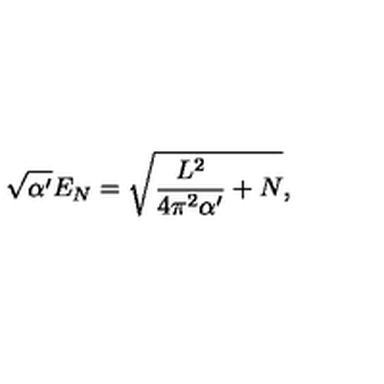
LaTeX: \sqrt { \alpha ^ { \prime } } E _ { N } = \sqrt { \frac { L ^ { 2 } } { 4 \pi ^ { 2 } \alpha ^ { \prime } } + N } ,